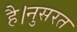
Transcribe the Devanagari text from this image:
है।नुसरत